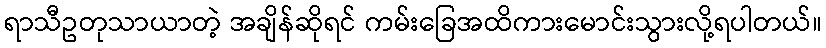
ရာသီဥတုသာယာတဲ့ အချိန်ဆိုရင် ကမ်းခြေအထိကားမောင်းသွားလို့ရပါတယ်။